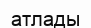
атлады